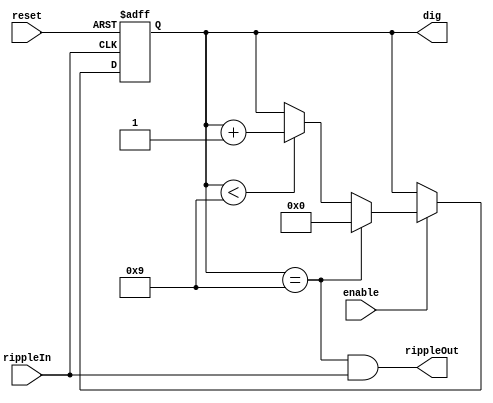
module rippleBCDcounter(enable, reset, rippleIn, rippleOut,dig);
	input reset;
	input rippleIn;
	input enable;
	output  rippleOut;
	output reg [3:0]dig;
	
	
	
	always @ (negedge rippleIn, negedge reset)
		begin
			if (reset == 0)
				begin
					dig <= 0;
					
				end
				
			else if (enable == 1)
				begin
					if (dig == 9)
						dig <= 0;
					else if (dig < 9)
						dig <= dig + 1;
					
						
				end
				
		end
		
		

		assign rippleOut = (dig ==9 & rippleIn);
endmodule